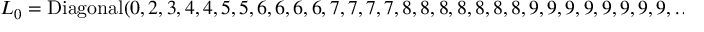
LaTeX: L _ { 0 } = \mathrm { D i a g o n a l } ( 0 , 2 , 3 , 4 , 4 , 5 , 5 , 6 , 6 , 6 , 6 , 7 , 7 , 7 , 7 , 8 , 8 , 8 , 8 , 8 , 8 , 8 , 9 , 9 , 9 , 9 , 9 , 9 , 9 , 9 , \ldots )